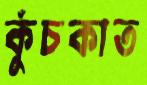
কুঁচকাত